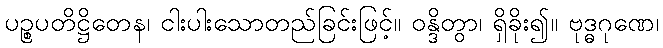
ပဉ္စပတိဋ္ဌိတေန၊ ငါးပါးသောတည်ခြင်းဖြင့်။ ဝန္ဒိတွာ၊ ရှိခိုး၍။ ဗုဒ္ဓဂုဏေ၊